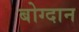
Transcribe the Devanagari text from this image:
बोग्दान